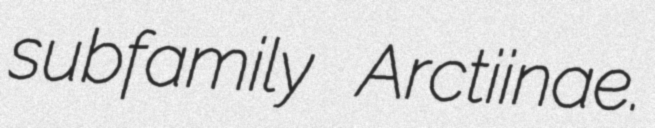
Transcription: subfamily Arctiinae.